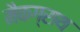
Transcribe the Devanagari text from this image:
मैकग्राथ